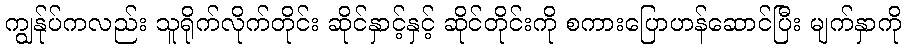
ကျွန်ုပ်ကလည်း သူရိုက်လိုက်တိုင်း ဆိုင်နှာင့်နှင့် ဆိုင်တိုင်းကို စကားပြောဟန်ဆောင်ပြီး မျက်နှာကို